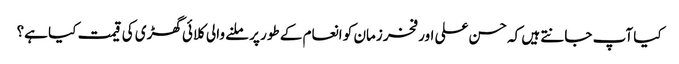
کیا آپ جانتے ہیں کہ حسن علی اور فخر زمان کو انعام کے طور پر ملنے والی کلائی گھڑی کی قیمت کیا ہے؟